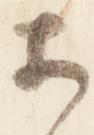
等